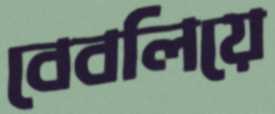
বেবলিয়ে